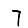
Digit: 7